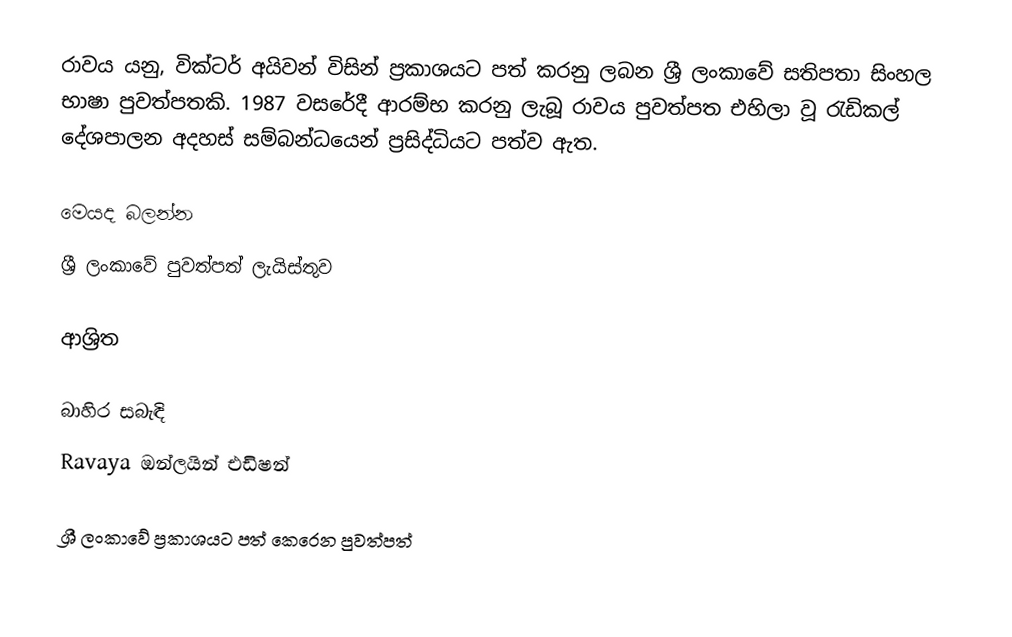
රාවය යනු,  වික්ටර් අයිවන් විසින් ප්‍රකාශයට පත් කරනු ලබන ශ්‍රී ලංකාවේ සතිපතා සිංහල භාෂා පුවත්පතකි. 1987 වසරේදී ආරම්භ කරනු ලැබූ රාවය පුවත්පත එහිලා වූ රැඩිකල් දේශපාලන අදහස් සම්බන්ධයෙන් ප්‍රසිද්ධියට පත්ව ඇත.

මෙයද බලන්න
ශ්‍රී ලංකාවේ පුවත්පත් ලැයිස්තුව

ආශ්‍රිත

බාහිර සබැඳි
 Ravaya ඔන්ලයින් එඩිෂන්

ශ්‍රී ලංකාවේ ප්‍රකාශයට පත් කෙරෙන පුවත්පත්